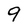
Character: 9